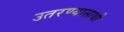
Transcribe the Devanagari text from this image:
उतरण्यासाथी